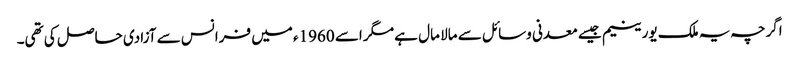
اگرچہ یہ ملک یورینیم جیسے معدنی وسائل سے مالا مال ہے مگر اسے 1960ء میں فرانس سے آزادی حاصل کی تھی۔